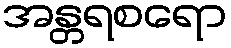
အန္တရစရော